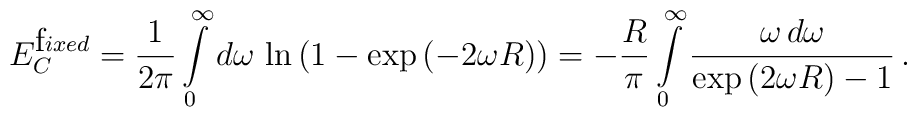
E^{{\mbox fixed}}_C= \frac{1}{2\pi}\int\limits_{0}^{\infty}d\omega \,\ln \left ( 1- \exp {(-2 \omega R)}\right )= - \frac{R}{\pi}\int\limits_{0}^{\infty}\frac{\omega\, d\omega}{\exp{(2\omega R)}-1}\,{.}